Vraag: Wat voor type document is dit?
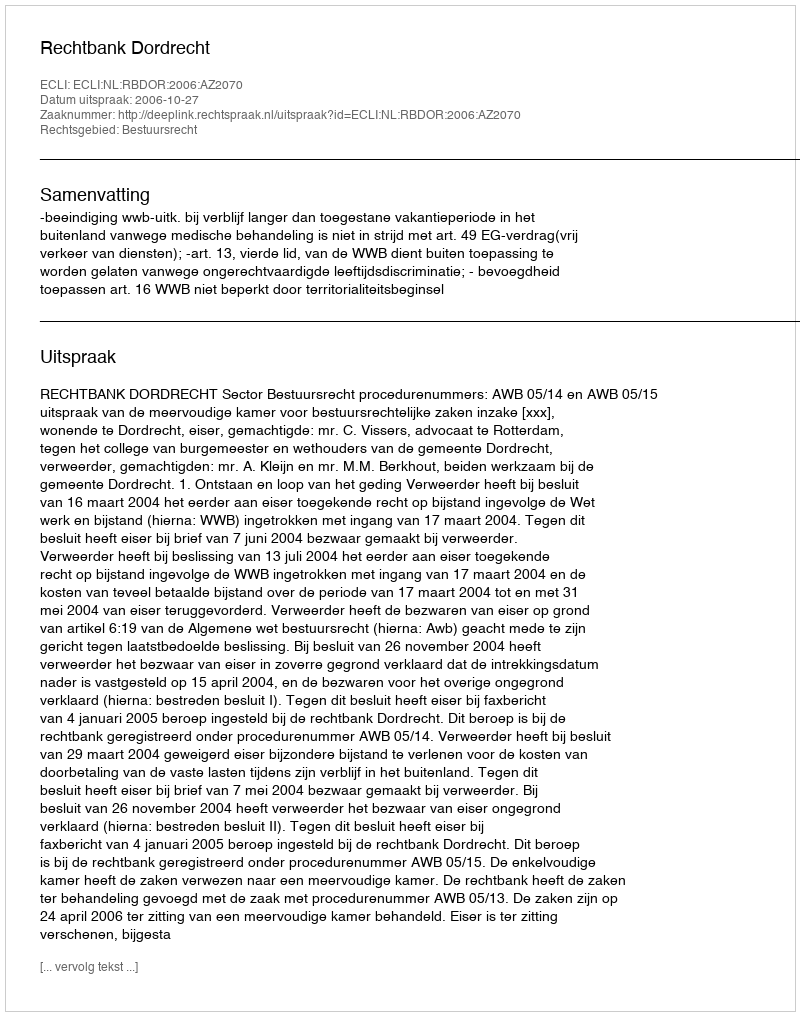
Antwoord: Uitspraak